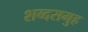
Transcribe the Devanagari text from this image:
शब्दसमुह